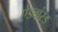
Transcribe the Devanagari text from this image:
ऐडवांस्ड